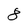
Character: 8